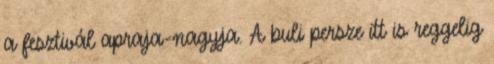
a fesztivál apraja-nagyja. A buli persze itt is reggelig